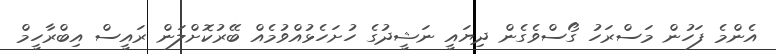
އެންމެ ފަހުން މަސްރަހު ގޯސްވެގެން ދިޔައީ ނަޝީދުގެ ހުށަހެޅުއްވުމެއް ބޭރުކޮށްލަން ރައީސް އިބްރާހީމް